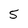
Character: 5